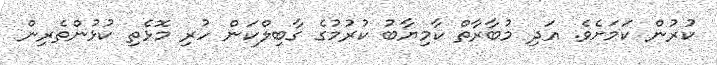
ކުރުން ކަމަށެވެ. އަދި މުބާރާތް ކާމިޔާބު ކުރުމުގެ ގާބިލްކަން ހުރި މޮޅެތި ކުޅުންތެރިން